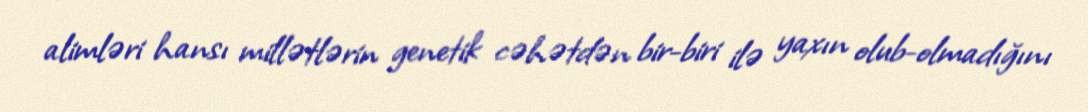
alimləri hansı millətlərin genetik cəhətdən bir-biri ilə yaxın olub-olmadığını